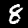
Digit: 8